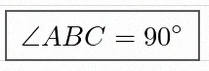
\angle ABC=90^\circ